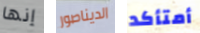
إنها الديناصور أمتأكد